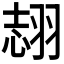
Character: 𦐼